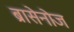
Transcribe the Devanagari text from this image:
ब्रासेनोज